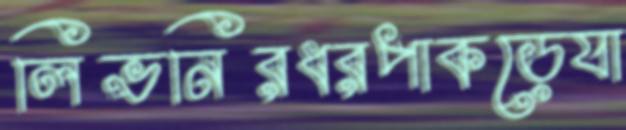
লিভনিরধরপাকড়েযা